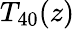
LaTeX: T_{40}(z)